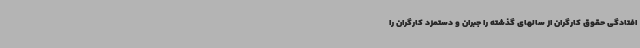
افتادگی حقوق کارگران از سالهای گذشته را جبران و دستمزد کارگران را